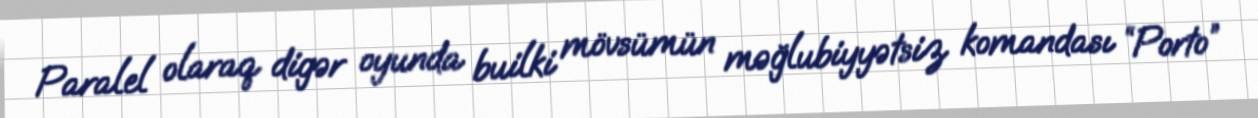
Paralel olaraq digər oyunda builki mövsümün məğlubiyyətsiz komandası “Porto”